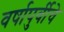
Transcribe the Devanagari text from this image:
वर्षापुर्वीचे